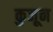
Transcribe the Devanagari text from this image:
कुजून